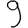
Digit: 9